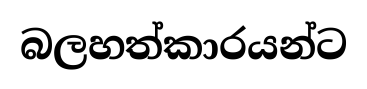
බලහත්කාරයන්ට